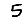
Digit: 5